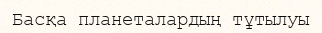
Басқа планеталардың тұтылуы